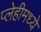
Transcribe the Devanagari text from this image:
प्लेहीमध्ये